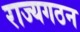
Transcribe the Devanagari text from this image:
राज्यगठन